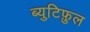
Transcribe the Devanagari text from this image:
ब्युटिफ़ुल